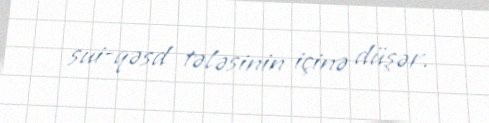
sui-qəsd tələsinin içinə düşər.